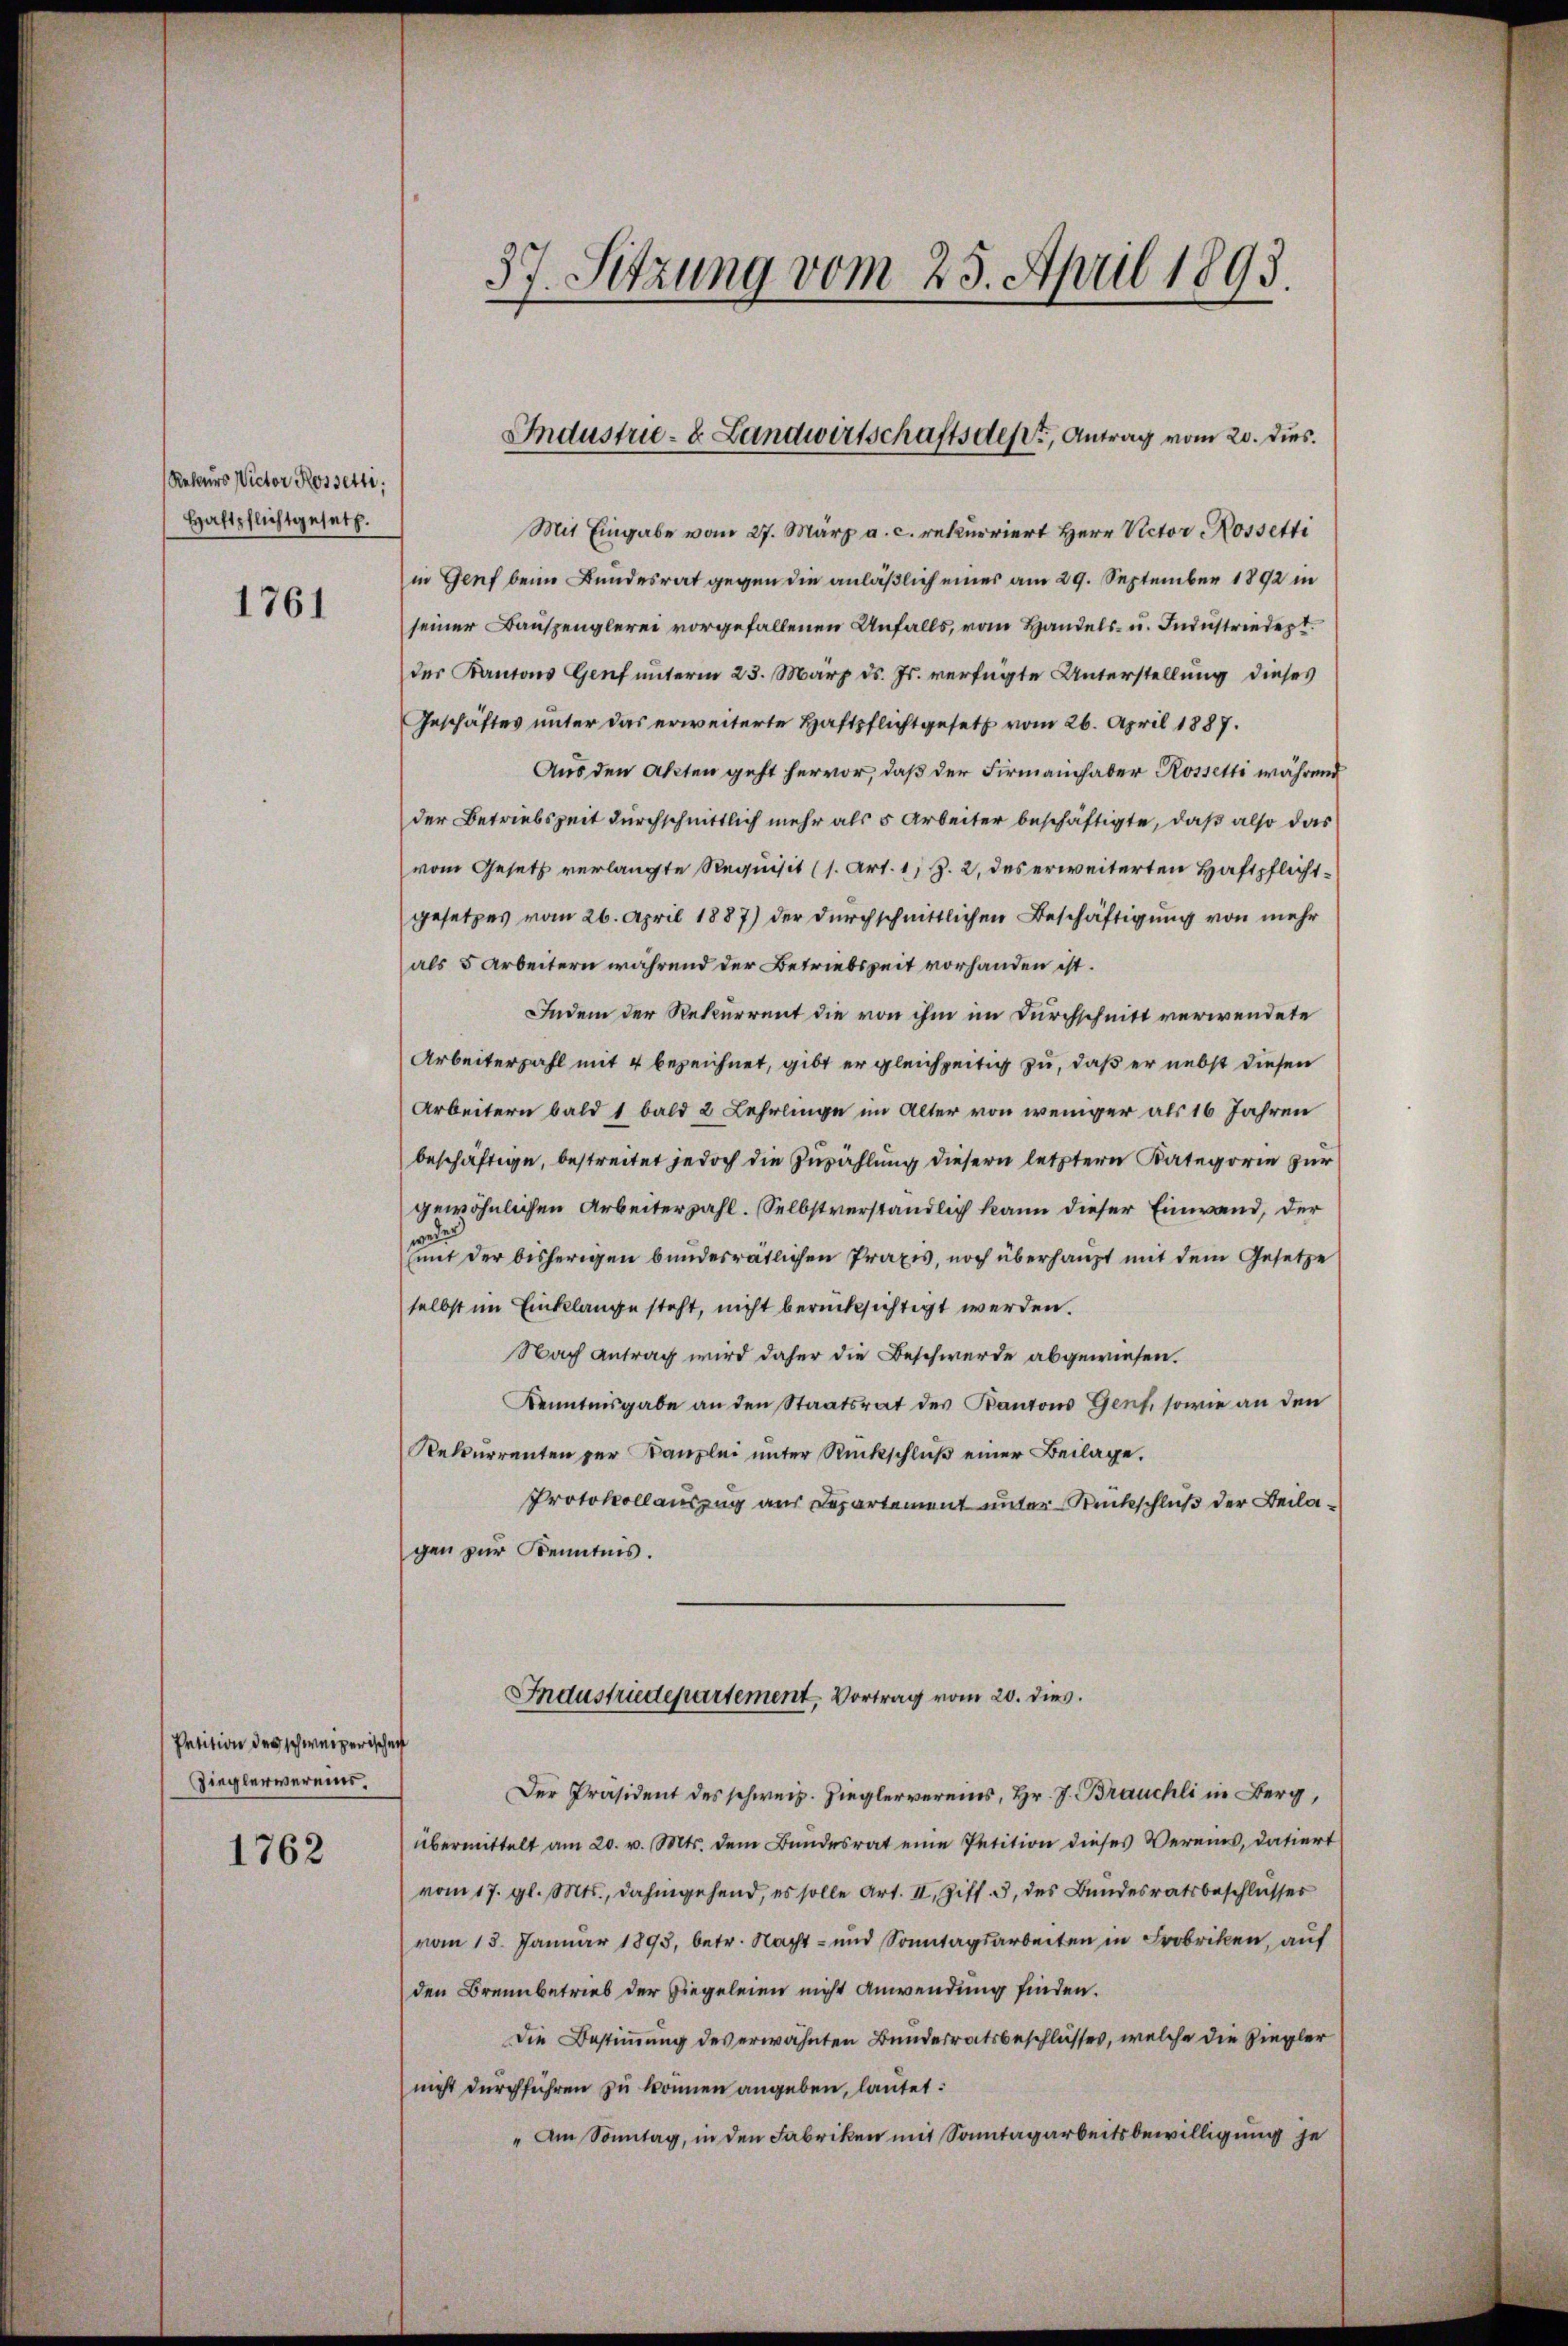
Rekurs Victor Rossetti,
Haftpflichtgesetz.

1761

Petition des schweizerischen
Zieglervereins,

1762

37. Sitzung vom 23. April 1893.

Mit Eingabe vom 27. März a. c. rekurriert Herr Rector Rossetti
in Genf beim Bundesrat gegen die anläßlich eines am 29. September 1892 in
seiner Bauspenglerei vorgefallenen Unfalls, vom Handels- u. Industriedert
der Kantons Genf unterm 23. März d. Js. verfügte Unterstellung dieses
Geschäftes unter das erweiterte Haftpflichtgesetz vom 26. April 1887.
Aus den Akten geht hervor, daß der Firmanch aber Rossetti während
der Betriebszeit durchschnittlich mehr als 5 Arbeiter beschäftigte, daß also das
vom Gesetz verlangte Requisit (s. Art. 1; Z. 2, des erweiterten Haftpflichtgesetzes vom 26. April 1887) der durchschnittlichen Beschäftigung von mehr
als 5 Arbeitern während der Betriebszeit vorhanden ist.
Indem der Rekurrent die von ihm im Durchschnitt verwendete
Arbeiterzahl mit 4 bezeichnet, gibt er gleichzeitig zu, daß er nebst diesen
Arbeitern bald 1 bald 2 Lehrlinge im Alter von weniger als 16 Jahren
beschäftige, bestreitet jedoch die Zuzählung diesern letztern Kategorie zur
gewöhnlichen Arbeiterzahl. Selbstverständlich kann dieser Einwand, der
wei
(mit der bisherigen bundesrätlichen Praxis, noch überhaupt mit dem Gesetze
selbst im Einklange steht, nicht berücksichtigt werden.
Nach Antrag wird daher die Beschwerde abgewiesen.
Kenntnisgabe an den Staatsrat des Kantons Genf, sowie an den
Rekurrenten zur Kanzlei unter Rückschluß einer Beilage.
Protokollauszug aus Departement unter Rückschluß der Beilagen zur Kenntnis.
Industriedepartement, Vortrag vom 20. dies.
Der Präsident des schweiz. Zieglervereins, Hr. J. Brauchli in Berg,
übermittelt am 20. v. Mts. dem Bundesrat eine Petition dieses Vereins, datiert
vom 17. gl. Mts., dahingehend, es solle Art. II. Ziff. 3, des Bundesratsbeschlusses
vom 15. Januar 1893, betr. Nacht- und Sonntagsarbeiten in Frobriken, auf
den Brennbetrieb der Ziegeleien nicht Anwendung finden.
Die Bestimmung des erwähnten Bundesratsbeschlusses, welche die Ziegler
nicht durchführen zu können angeben, lautet:
" Am Sonntag, in den Fabriken mit Sonntagarbeitsbewilligung je

Industrie- & Landwirtschaftsdest, Antrag vom 20. dies